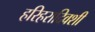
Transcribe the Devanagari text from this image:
हरिहरादिवशी